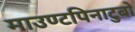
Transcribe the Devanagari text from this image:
माउण्टपिनाटुबो